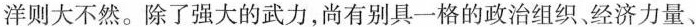
洋则大不然。除了强大的武力，尚有别具一格的政治组织、经济力量、